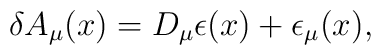
\delta A_{\mu}(x) =  D_{\mu} \epsilon(x) + \epsilon_{\mu}(x),